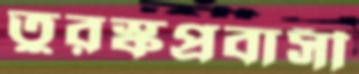
তুরস্কপ্রবাসী